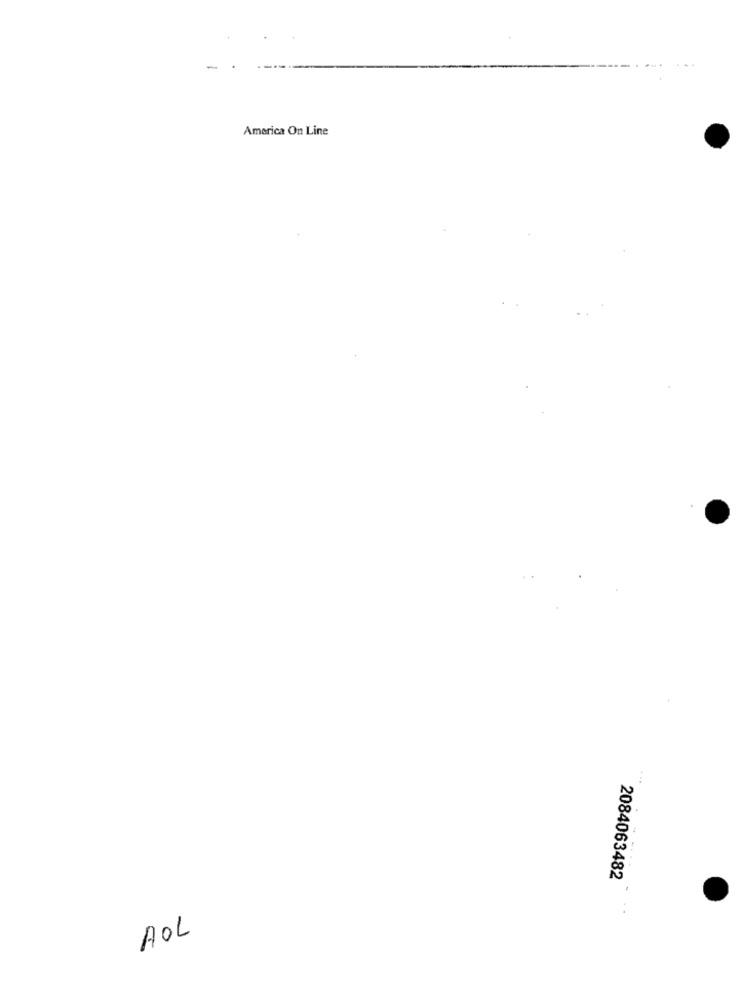
America On Line
2084063482
AOL